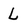
Character: L